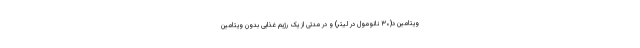
ویتامین د(۳۰ نانومول در لیتر) و در مدتی از یک رژیم غذایی بدون ویتامین